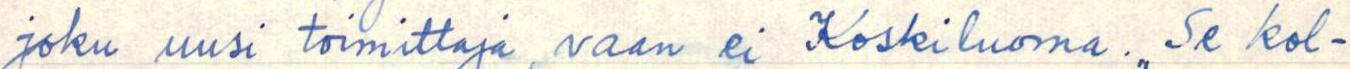
joku uusi toimittaja, vaan ei Koskiluoma. ,,Se kol-